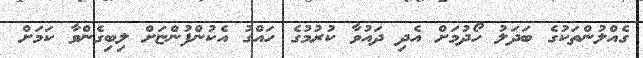
ގެއްލުންތަކުގެ ބަދަލު ހޯދުމަށް އެދި ދައުވާ ކުރުމުގެ ހައްގު އެކުންފުންޏަށް ލިބިގެންވާ ކަމަށް